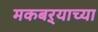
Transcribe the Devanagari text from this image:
मकबऱ्याच्या